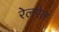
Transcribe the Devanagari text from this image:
रेलपेल